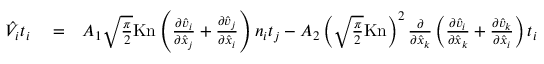
\begin{array} { r l r } { \hat { V } _ { i } t _ { i } } & { { } = } & { A _ { 1 } \sqrt { \frac { \pi } { 2 } } \mathrm { K n } \left( \frac { \partial \hat { v } _ { i } } { \partial \hat { x } _ { j } } + \frac { \partial \hat { v } _ { j } } { \partial \hat { x } _ { i } } \right) n _ { i } t _ { j } - A _ { 2 } \left( \sqrt { \frac { \pi } { 2 } } \mathrm { K n } \right) ^ { 2 } \frac { \partial } { \partial \hat { x } _ { k } } \left( \frac { \partial \hat { v } _ { i } } { \partial \hat { x } _ { k } } + \frac { \partial \hat { v } _ { k } } { \partial \hat { x } _ { i } } \right) t _ { i } } \end{array}